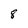
Character: 8